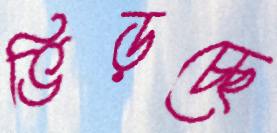
ভিড়চ্ছে